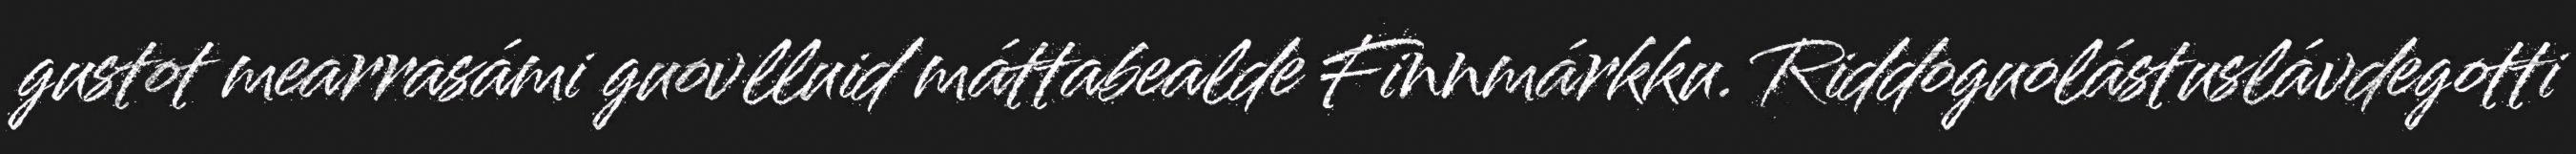
gustot mearrasámi guovlluid máttabealde Finnmárkku. Riddoguolástuslávdegotti